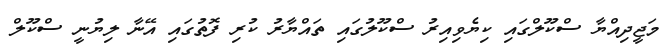
މަޖީދިއްޔާ ސްކޫލްގައި ކިޔެވިއިރު ސްކޫލުގައި ތައްޔާރު ކުރި ފޮތުގައި އޭނާ ލިޔުނީ ސްކޫލް